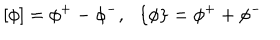
\left[ \phi \right] = \phi ^ { + } - \phi ^ { - } , ~ ~ \left\{ \phi \right\} = \phi ^ { + } + \phi ^ { - }